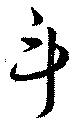
斗